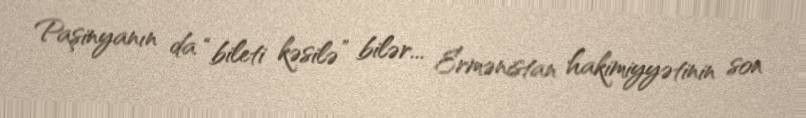
Paşinyanın da “bileti kəsilə” bilər... Ermənistan hakimiyyətinin son